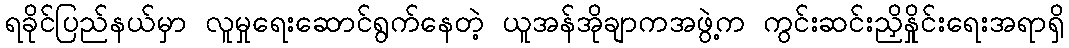
ရခိုင်ပြည်နယ်မှာ လူမှုရေးဆောင်ရွက်နေတဲ့ ယူအန်အိုချာကအဖွဲ့က ကွင်းဆင်းညှိနှိုင်းရေးအရာရှိ